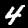
Label: 4